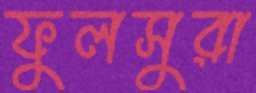
ফুলসুরা